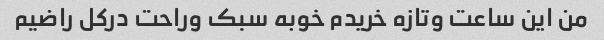
من این ساعت وتازه خریدم خوبه سبک وراحت درکل راضیم